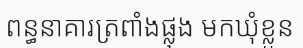
ពន្ធនាគារត្រពាំងផ្លុង មកឃុំខ្លួន